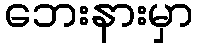
ဘေးနားမှာ